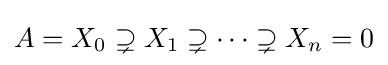
A=X_{0}\supsetneq X_{1}\supsetneq \dots \supsetneq X_{n}=0